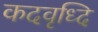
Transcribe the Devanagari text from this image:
कदवृध्दि